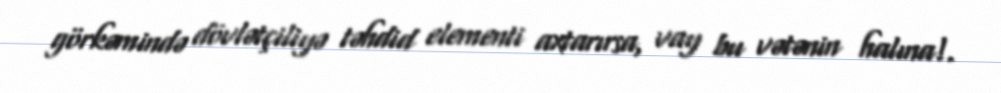
görkəmində dövlətçiliyə təhdid elementi axtarırsa, vay bu vətənin halına!.